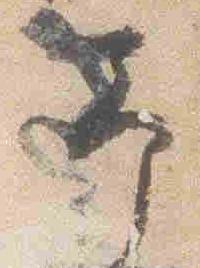
予